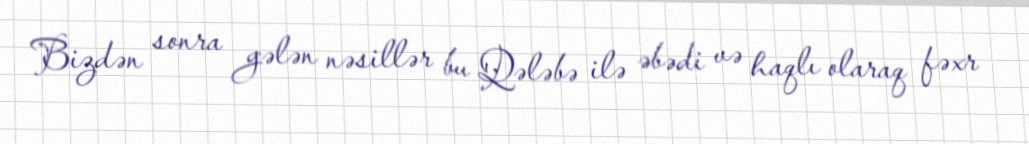
Bizdən sonra gələn nəsillər bu Qələbə ilə əbədi və haqlı olaraq fəxr